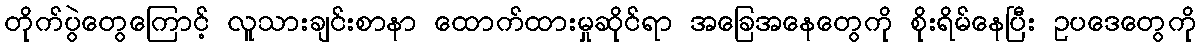
တိုက်ပွဲတွေကြောင့် လူသားချင်းစာနာ ထောက်ထားမှုဆိုင်ရာ အခြေအနေတွေကို စိုးရိမ်နေပြီး ဥပဒေတွေကို